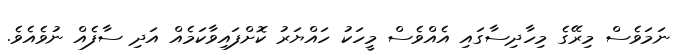
ނަމަވެސް މިރޭގެ މިހާދިސާގައި އެއްވެސް މީހަކު ހައްޔަރު ކޮށްފައިވާކަމެއް އަދި ސާފެއް ނުވެއެވެ.